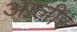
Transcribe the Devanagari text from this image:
आलीर